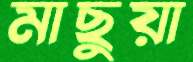
মাছুয়া